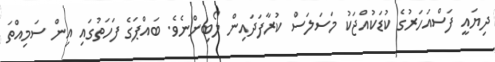
ދިޔައީ ފަސްއަހަރުގެ ކުޑަކުއްޖަކު މަސަލަސް ކުރާފަދައިން ލޯބިންނެވެ. ބައްޕަގެ ފަހަތުގައި އިން ސަމިއްތަ